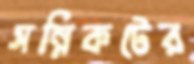
সন্নিকটের